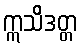
ဣသိဒတ္တ